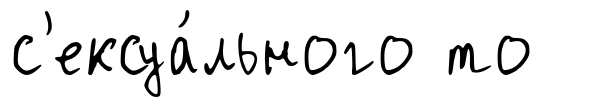
с'ексуа́льного то